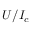
U / I _ { c }